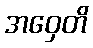
အဝှေတိ